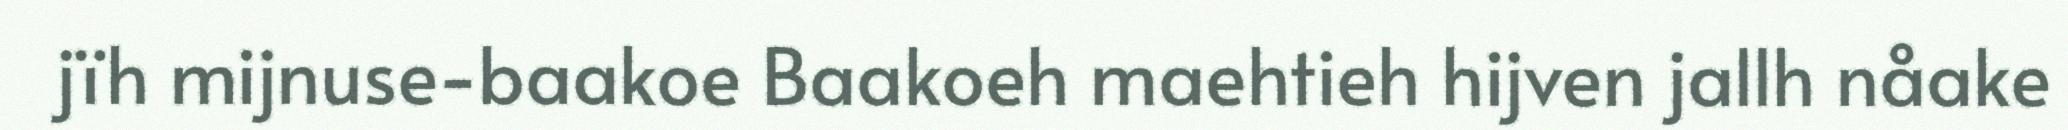
jïh mijnuse-baakoe Baakoeh maehtieh hijven jallh nåake